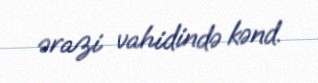
ərazi vahidində kənd.